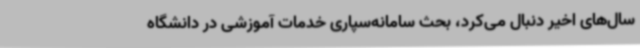
سال‌های اخیر دنبال می‌کرد، بحث سامانه‌سپاری خدمات آموزشی در دانشگاه